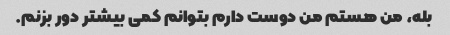
بله، من هستم من دوست دارم بتوانم کمی بیشتر دور بزنم.